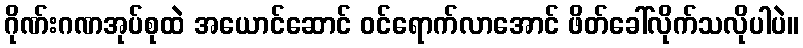
ဂိုဏ်းဂဏအုပ်စုထဲ အယောင်ဆောင် ဝင်ရောက်လာအောင် ဖိတ်ခေါ်လိုက်သလိုပါပဲ။